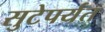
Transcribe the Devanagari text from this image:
सुटेपर्यंत